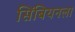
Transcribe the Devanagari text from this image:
सिंबियनला